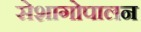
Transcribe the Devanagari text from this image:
सेशागोपालन